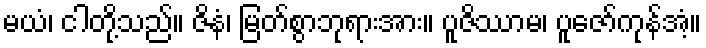
မယံ၊ ငါတို့သည်။ ဇိနံ၊ မြတ်စွာဘုရားအား။ ပူဇိဿာမ၊ ပူဇော်ကုန်အံ့။